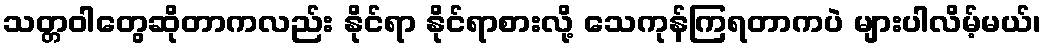
သတ္တဝါတွေဆိုတာကလည်း နိုင်ရာ နိုင်ရာစားလို့ သေကုန်ကြရတာကပဲ များပါလိမ့်မယ်၊